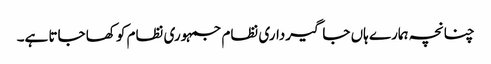
چنانچہ ہمارے ہاں جاگیرداری نظام جمہوری نظام کو کھا جاتا ہے۔